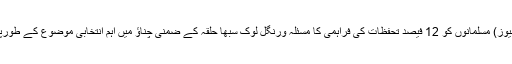
نومبر ( سیاست نیوز) مسلمانوں کو 12 فیصد تحفظات کی فراہمی کا مسئلہ ورنگل لوک سبھا حلقہ کے ضمنی چناؤ میں اہم انتخابی موضوع کے طورپر ابھر سکتا ہے۔